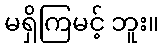
မရှိကြမင့် ဘူး။